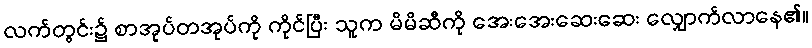
လက်တွင်း၌ စာအုပ်တအုပ်ကို ကိုင်ပြီး သူက မိမိဆီကို အေးအေးဆေးဆေး လျှောက်လာနေ၏။